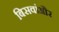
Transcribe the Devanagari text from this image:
बिसवांऔर